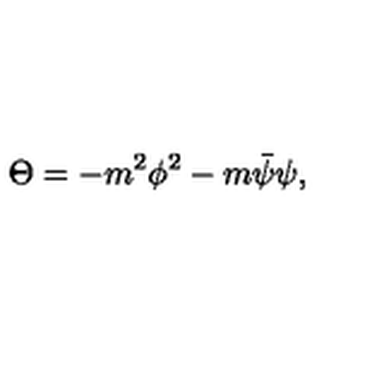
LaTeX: \Theta = - m ^ { 2 } \phi ^ { 2 } - m \bar { \psi } \psi ,